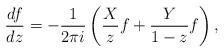
LaTeX: \begin{align*}\frac{df}{dz}=-\frac{1}{2\pi i}\left(\frac{X}{z}f+\frac{Y}{1-z}f\right),\end{align*}